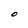
Character: O